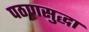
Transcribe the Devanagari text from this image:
पठणसुद्धा